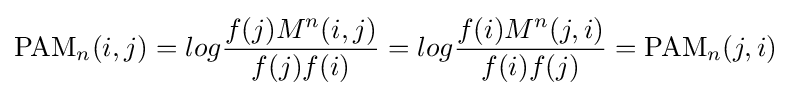
{\text{PAM}}_{n}(i,j)=log{\frac {f(j)M^{n}(i,j)}{f(j)f(i)}}=log{\frac {f(i)M^{n}(j,i)}{f(i)f(j)}}={\text{PAM}}_{n}(j,i)